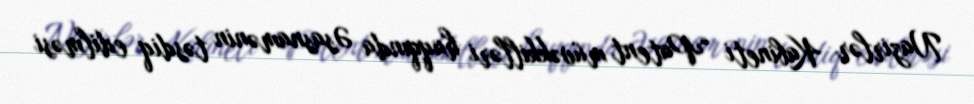
Nazirlər Kabineti “Patent müvəkkilləri haqqında Əsasnamənin təsdiq edilməsi